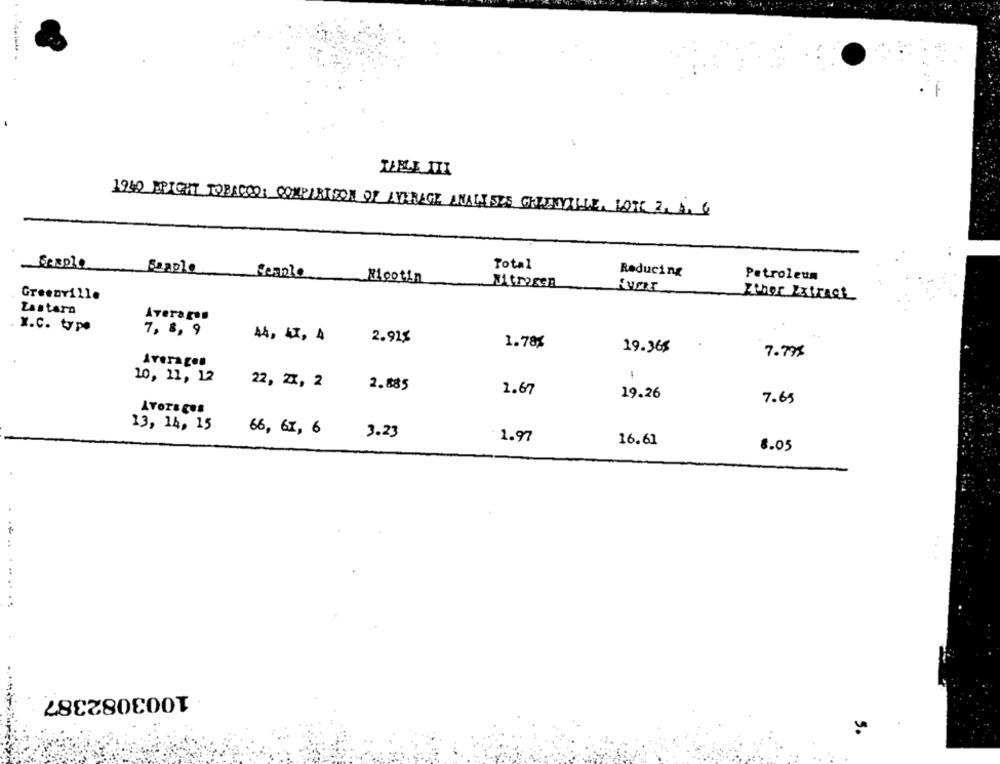
DELE III
1940 HEIGHT TOBACCOA COMPARISON OF AVERAGE ANALISES CHIENVILLE, LOTT 2. A. 6
Serple
Total
Sapple
Reducing
Ricotin
Petroleum
Nitrogen
Greenville
Ethor Extract
Zastara
Averages
. x.C. type
7, 8, 9
44, 47, 4
2.91%
1.78%
19.368
7.795
Averages
10, 11, 12
22, zx, 2
2.885
1.67
19.26
7.65
13, 14, 15
66, 67, 6
3.23
1.97
16.61
8.05
..
1003082387